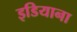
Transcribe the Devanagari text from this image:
इडियाना